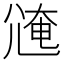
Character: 𡯸